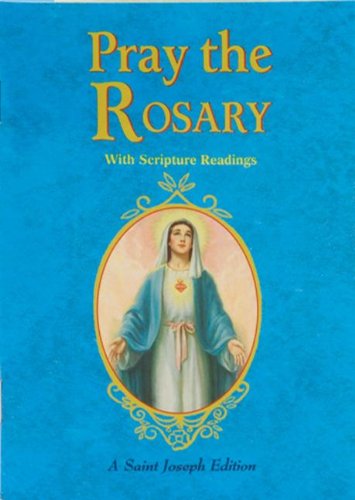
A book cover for Pray the Rosary; Catholic Book Publishing Co; Christian Books & Bibles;